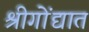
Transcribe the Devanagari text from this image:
श्रीगोंद्यात